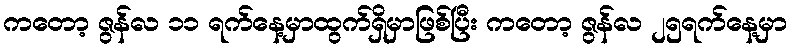
ကတော့ ဇွန်လ ၁၁ ရက်နေ့မှာထွက်ရှိမှာဖြစ်ပြီး ကတော့ ဇွန်လ ၂၅ရက်နေ့မှာ